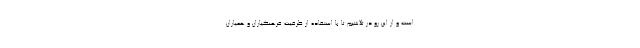
است و از این رو در تلاشیم تا با استفاده از ظرفیت فرهنگیاران و همیاران